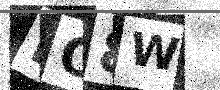
Text: DO8W